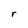
Character: r